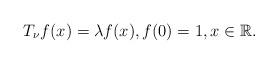
LaTeX: \begin{align*}\displaystyle T_\nu f(x)=\lambda f(x), f(0)=1,x\in \mathbb{R}.\end{align*}